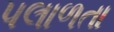
પલાળતા